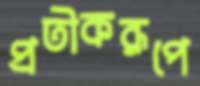
প্রতীকরূপে